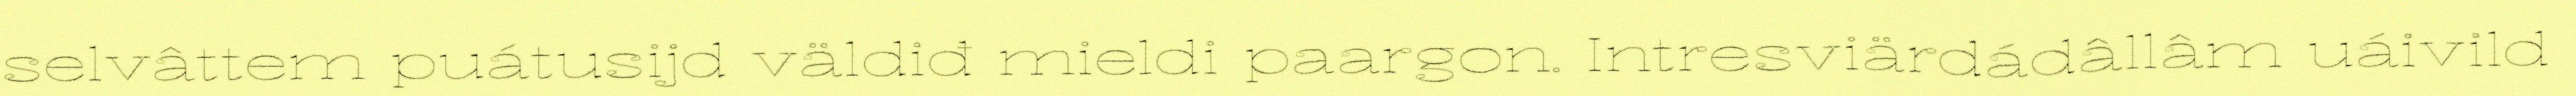
selvâttem puátusijd väldiđ mieldi paargon. Intresviärdádâllâm uáivild